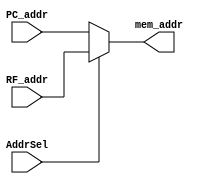
module MemMux(input AddrSel,
              input [7:0] PC_addr,
              input [7:0] RF_addr,
              output [7:0] mem_addr);
              
    //condition ? iftrue : iffalse
    
    //AddrSel = 1, we want RF addr to go thru
    assign mem_addr = AddrSel ? RF_addr : PC_addr; 
    
endmodule